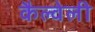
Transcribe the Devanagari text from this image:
कैल्वेली